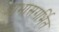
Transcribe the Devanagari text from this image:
आभासगर्भित